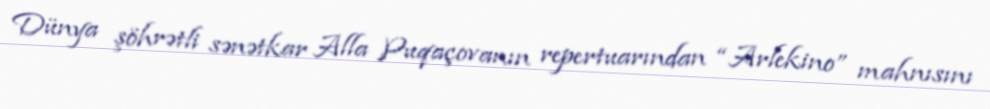
Dünya şöhrətli sənətkar Alla Puqaçovanın repertuarından “Arlekino” mahnısını